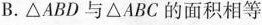
B.△ABD与△ABC的面积相等